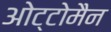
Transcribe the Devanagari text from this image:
ओट्टोमैन